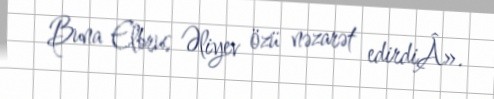
Buna Elbrus Əliyev özü nəzarət edirdiÂ».